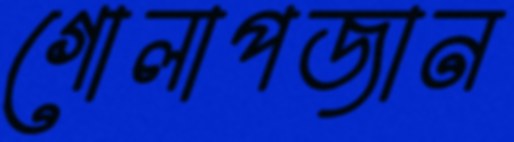
গোলাপজান